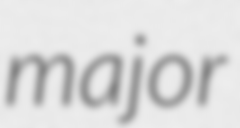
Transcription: major